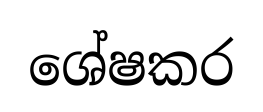
ශේෂකර